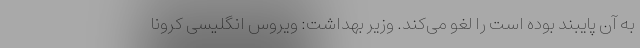
به آن پایبند بوده است را لغو می‌کند. وزیر بهداشت: ویروس انگلیسی کرونا